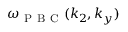
\omega _ { \mathrm { ~ P ~ B ~ C ~ } } ( k _ { 2 } , k _ { y } )